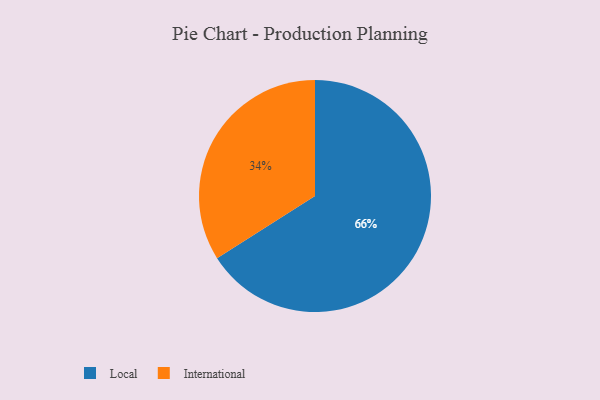
{"axis": {"x": "Category", "y": "Percentage"}, "legend": ["International", "Local"], "data": [{"x": "Local", "y": 66, "type": "Local"}, {"x": "International", "y": 34, "type": "International"}]}